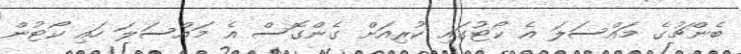
ބެންޗުގެ މައްސަލަ އެ ކޯޓުގައި ކުރިއަށް ގެންގޮސް އެ މައްސަލަ ހައި ކޯޓުން